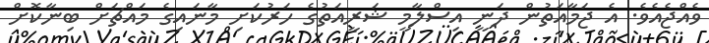
ވެއްޖެއެވެ. އެ ޖަމާއަތުން ދަނީ އިސްލާމީ ޝަރީއަތުގެ ހަރުކަށި މާނައިގެ މައްޗަށް ބިނާކޮށް